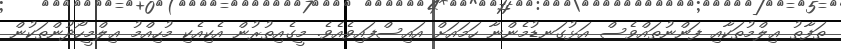
ތަފާތު ޢިލްމުތަކާއި ފަންނުތައްވެސް އަޅުގަނޑުމެންނާ ހަމައަށް އައިސްފައިވެއެވެ. މީގެއިތުރުން އެކިއެކި މުހިއްމު ޢިލްމީހޯދުންތަކުން